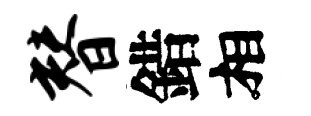
替錯相